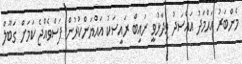
މެންބަރު އަޙްމަދު އައްސަދު ވިދާޅުވީ ނައިބް ރައީސަކު އައްޔަންކުރުން ފަސްވެއްޖެ ކަމަށް ގަބޫލް